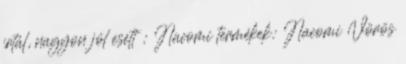
írtál, nagyon jól esett : Nacomi termékek: Nacomi Vörös